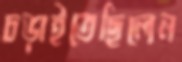
চড়াইতেছিলেন